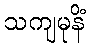
သကျမုနိံ